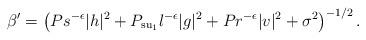
LaTeX: \begin{align*}\beta^{\prime} = \left(Ps^{-\epsilon}|h|^2 + P_{\mathrm{su}_1}l^{-\epsilon}|g|^2 + Pr^{-\epsilon}|v|^2 + \sigma^2\right)^{-1/2}.\end{align*}